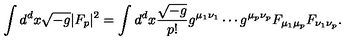
\int d ^ { d } x \sqrt { - g } | F _ { p } | ^ { 2 } = \int d ^ { d } x { \frac { \sqrt { - g } } { p ! } } g ^ { \mu _ { 1 } \nu _ { 1 } } \cdots g ^ { \mu _ { p } \nu _ { p } } F _ { \mu _ { 1 } \mu _ { p } } F _ { \nu _ { 1 } \nu _ { p } } .